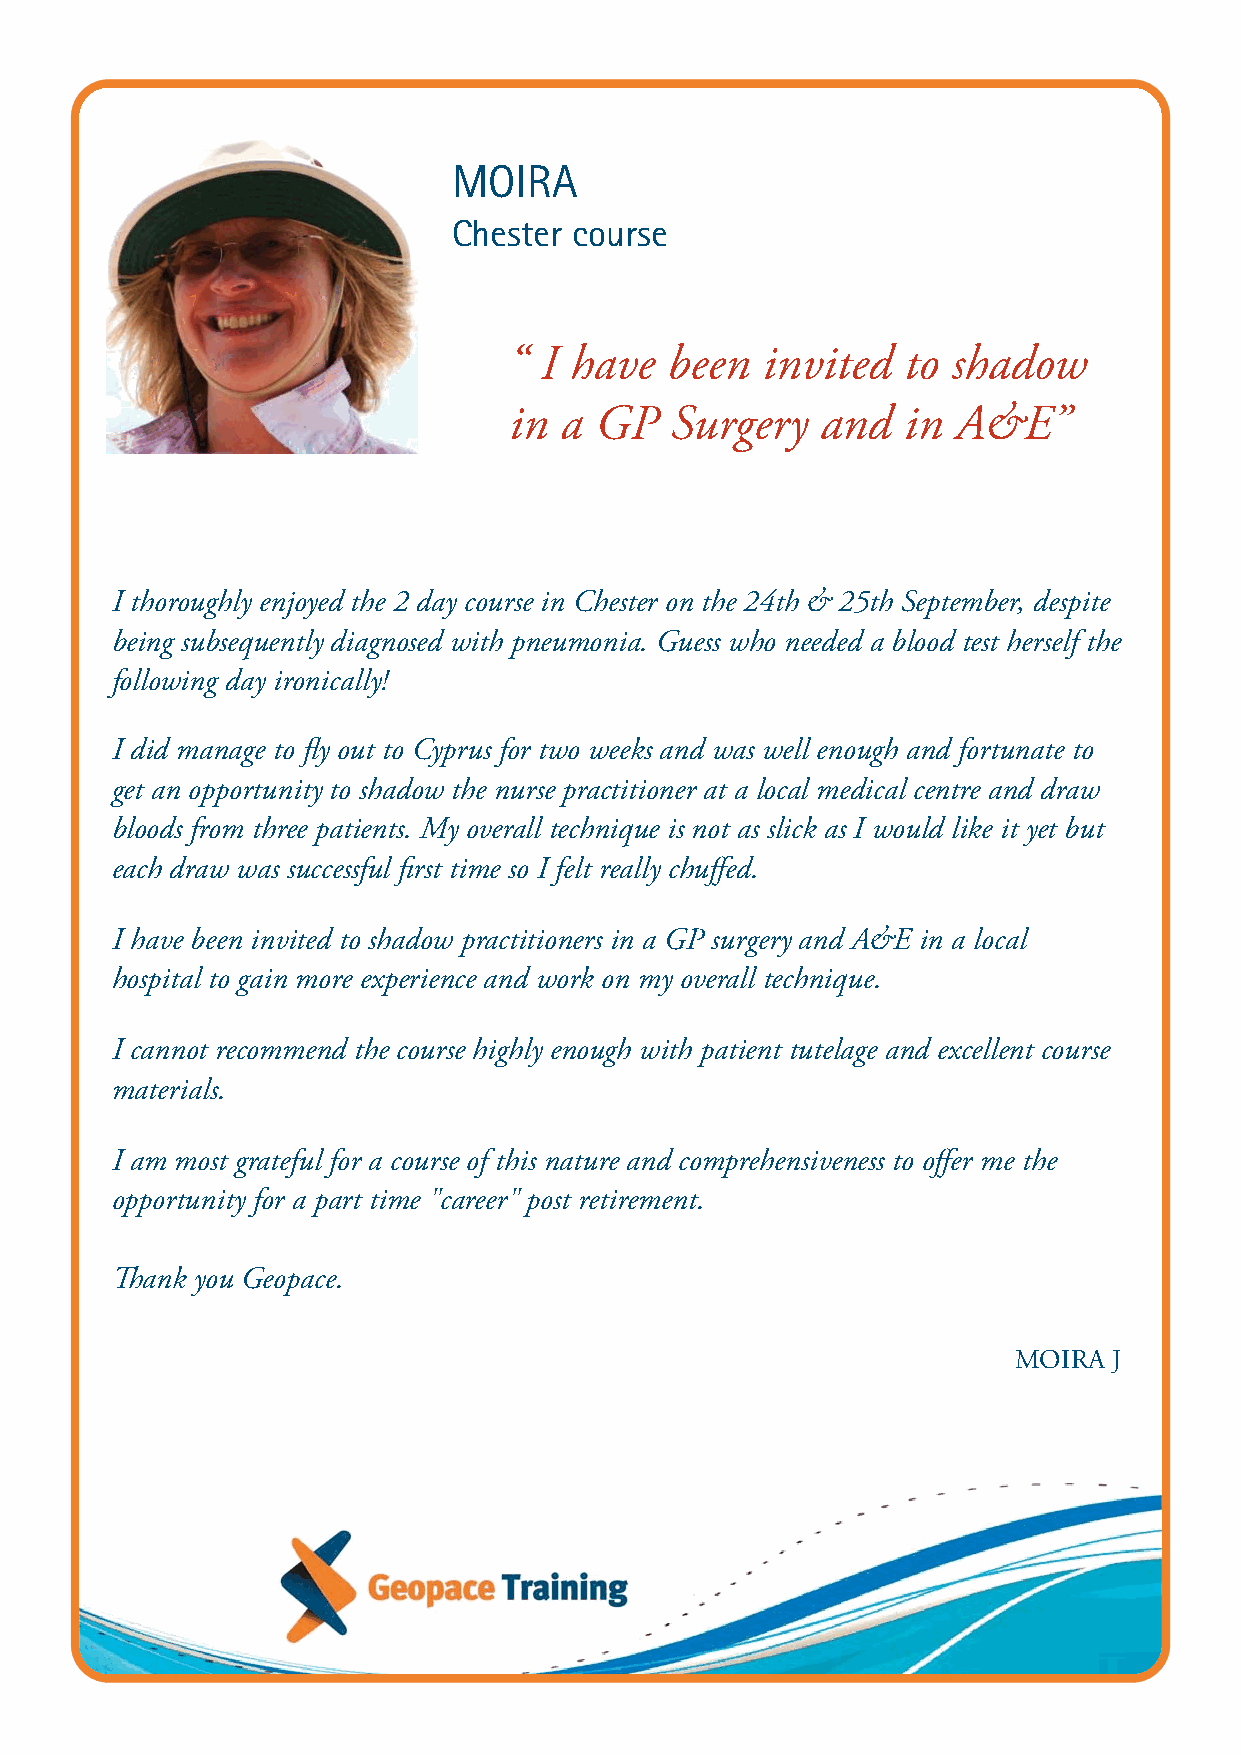
MOIRA
 Chester course
 “ I have  been  invited   to shadow
 in a GP   Surgery   and   in A&E”
 I thoroughly enjoyed the 2 day course in Chester on the 24th & 25th September, despite
 being subsequently diagnosed with pneumonia. Guess who needed a blood test herself the
 following day ironically!
 I did manage to fly out to Cyprus for two weeks and was well enough and fortunate to
 get an opportunity to shadow the nurse practitioner at a local medical centre and draw
 bloods from three patients. My overall technique is not as slick as I would like it yet but
 each draw was successful first time so I felt really chuffed.
 I have been invited to shadow practitioners in a GP surgery and A&E in a local
 hospital to gain more experience and work on my overall technique.
 I cannot recommend the course highly enough with patient tutelage and excellent course
 materials.
 I am most grateful for a course of this nature and comprehensiveness to offer me the
 opportunity for a part time "career" post retirement.
 Thank you Geopace.
 MOIRA  J